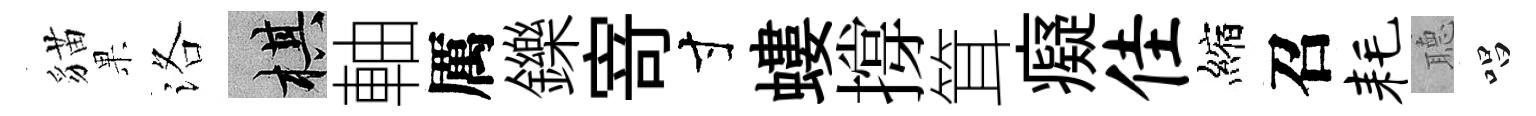
貓果洛棋軸厲鑠𭔃寸螻撐䇯癡佳縮召耗𦗟唱